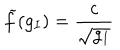
{ \widetilde f } ( g _ { I } ) = \frac { c } { \sqrt { g _ { I } } }